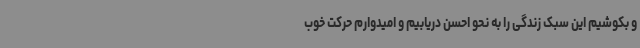
و بکوشیم این سبک زندگی را به نحو احسن دریابیم و امیدوارم حرکت خوب